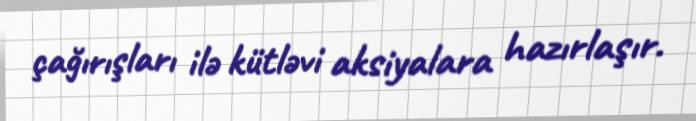
çağırışları ilə kütləvi aksiyalara hazırlaşır.